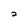
Character: 2